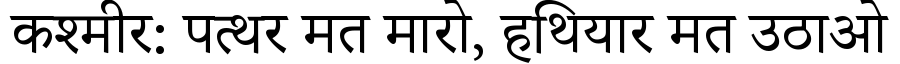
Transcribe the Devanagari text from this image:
कश्मीर: पत्थर मत मारो, हथियार मत उठाओ